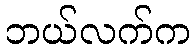
ဘယ်လက်က